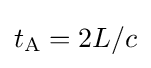
t_{\text{A}}=2L/c